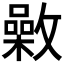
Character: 𣀉